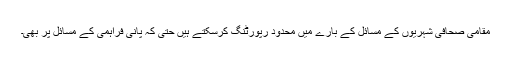
مقامی صحافی شہریوں کے مسائل کے بارے میں محدود رپورٹنگ کرسکتے ہیں حتیٰ کہ پانی فراہمی کے مسائل پر بھی۔